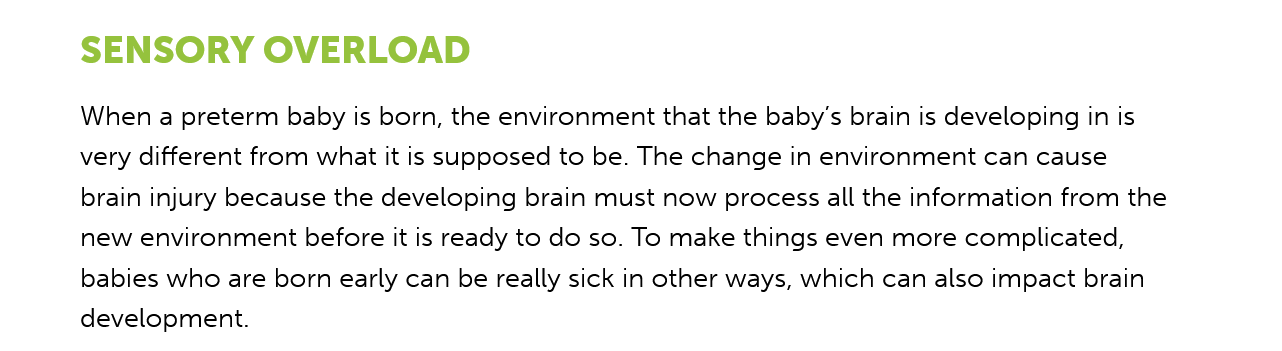
SENSORY    OVERLOAD
     When a preterm baby is born, the environment that the baby’s brain is developing in is
     very different from what it is supposed to be. The change in environment can cause
     brain injury because the developing brain must now process all the information from the
     new environment before it is ready to do so. To make things even more complicated,
     babies who are born early can be really sick in other ways, which can also impact brain
     development.